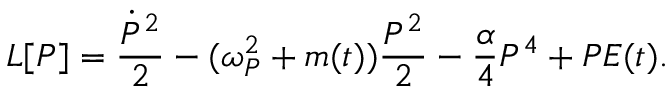
{ \cal L } [ P ] = \frac { \dot { P } ^ { 2 } } { 2 } - ( \omega _ { P } ^ { 2 } + m ( t ) ) \frac { P ^ { 2 } } { 2 } - \frac { \alpha } { 4 } P ^ { 4 } + P E ( t ) .